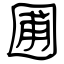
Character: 圃